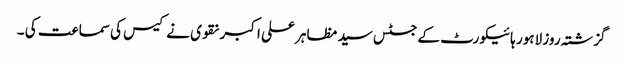
گزشتہ روز لاہور ہائیکورٹ کے جسٹس سید مظاہر علی اکبر نقوی نے کیس کی سماعت کی ۔